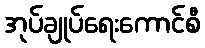
အုပ်ချုပ်ရေးကောင်စီ